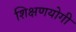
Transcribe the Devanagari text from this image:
शिक्षणयोगी